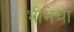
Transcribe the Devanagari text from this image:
भीमेचा